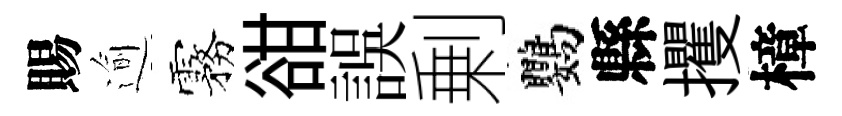
賜逾霧𧮳誤剰鸚縣攫樟